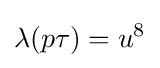
\lambda (p\tau )=u^{8}